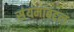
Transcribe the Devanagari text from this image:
संयमाबद्दल